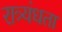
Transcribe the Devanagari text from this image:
रात्र्यंधता